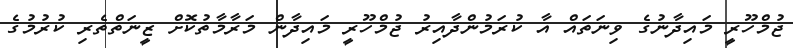
ޖުމްހޫރީ މައިދާނުގެ ވިނަތައް އާ ކުރަމުންދާއިރު ޖުމްހޫރީ މައިދާން މަރާމާތުކޮށް ޒީނަތްތެރި ކުރުމުގެ